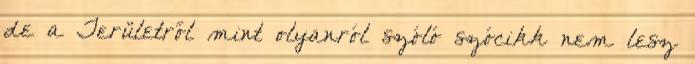
de a Területről mint olyanról szóló szócikk nem lesz